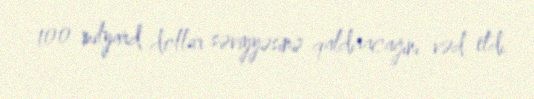
100 milyard dollar səviyyəsinə qaldıracağını vəd etdi.